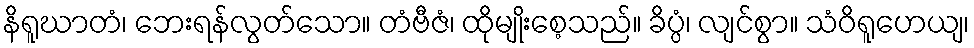
နိရူဃာတံ၊ ဘေးရန်လွတ်သော။ တံဗီဇံ၊ ထိုမျိုးစေ့သည်။ ခိပ္ပံ၊ လျင်စွာ။ သံဝိရူဟေယျ၊